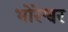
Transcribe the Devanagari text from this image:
भोरेश्वर